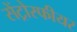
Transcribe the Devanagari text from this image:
सेंट्रोस्फीयर